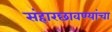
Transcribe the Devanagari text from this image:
संहारछावण्यांचा